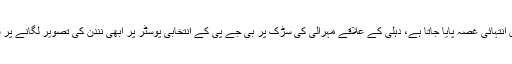
رپورٹ کے مطابق مودی کی حرکتوں پر سوشل میڈیا صارفین میں انتہائی غصہ پایا جاتا ہے، دہلی کے علاقے مہرالی کی سڑک پر بی جے پی کے انتخابی پوسٹر پر ابھی نندن کی تصویر لگانے پر سوشل میڈیا صارفین نے مودی جماعت کو شدید تنقید کا نشانہ بنایا۔